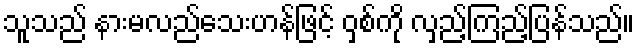
သူသည် နားမလည်သေးဟန်ဖြင့် ဝှစ်ကို လှည့်ကြည့်ပြန်သည်။